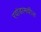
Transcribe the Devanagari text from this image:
रवांडामधील